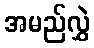
အမည်လွှဲ